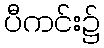
ပီကင်း၌